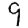
Digit: 9